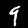
Label: 9